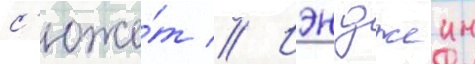
с'юже́т // Иэн джеин